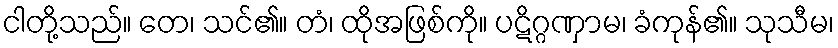
ငါတို့သည်။ တေ၊ သင်၏။ တံ၊ ထိုအဖြစ်ကို။ ပဋိဂ္ဂဏှာမ၊ ခံကုန်၏။ သုသီမ၊